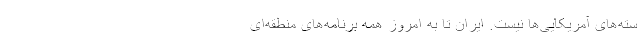
سته‌های آمریکایی‌ها نیست. ایران تا به امروز همه برنامه‌های منطقه‌ای